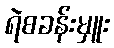
ရဲစခန်းမှူး